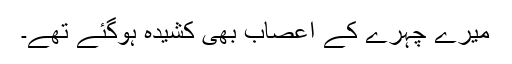
میرے چہرے کے اعصاب بھی کشیدہ ہوگئے تھے۔